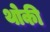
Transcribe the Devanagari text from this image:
थोकी